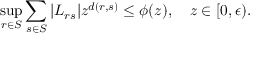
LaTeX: \operatorname * { s u p } _ { r \in S } { \sum _ { s \in S } { | L _ { r s } | z ^ { d ( r , s ) } \le \phi ( z ) } } , \quad z \in [ 0 , \epsilon ) .